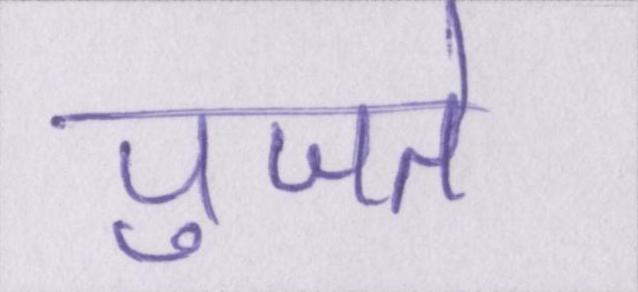
पुजते